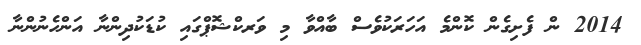
2014 ން ފެށިގެން ކޮންމެ އަހަރަކުވެސް ބާއްވާ މި ވަރކްޝޮޕްގައި ކުޑަކުދިންނާ އަންހެނުންނާ